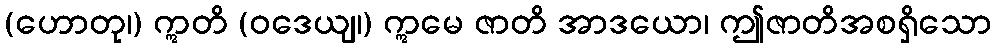
(ဟောတု၊) ဣတိ (ဝဒေယျ၊) ဣမေ ဇာတိ အာဒယော၊ ဤဇာတိအစရှိသော